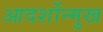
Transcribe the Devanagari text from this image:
आदर्शोन्‍मुख